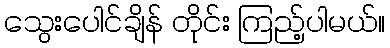
သွေးပေါင်ချိန် တိုင်း ကြည့်ပါမယ်။